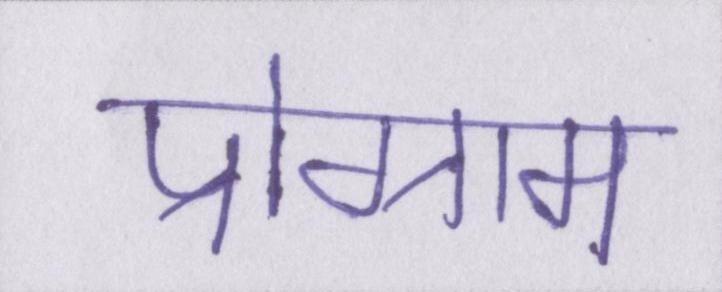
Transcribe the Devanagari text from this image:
प्रोग्राम